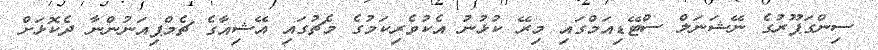
ސިންގަޕޫރުގެ ނޭޝަނަލް ސްޓޭޑިއަމްގައި މިރޭ ކުޅުނު އެކުވެރިކަމުގެ މެޗުގައި އޭޝިއާގެ ޗެމްޕިއަނުންނާ ދެކޮޅަށް